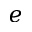
e